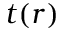
t ( r )